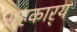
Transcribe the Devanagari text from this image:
सहकार्‍य